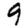
Digit: 9